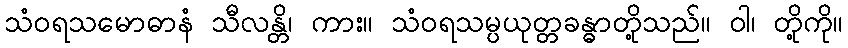
သံဝရသမောဓာနံ သီလန္တိ၊ ကား။ သံဝရသမ္ပယုတ္တခန္ဓာတို့သည်။ ဝါ၊ တို့ကို။